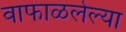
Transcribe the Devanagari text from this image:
वाफाळलेल्या